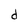
Character: d